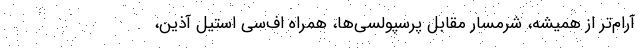
آرام‌تر از همیشه، شرمسار مقابل پرسپولسی‌ها، همراه اف‌سی استیل آذین،